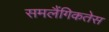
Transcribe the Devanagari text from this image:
समलैंगिकतेस